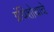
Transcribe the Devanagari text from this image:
ग्रंथिशोथाचे